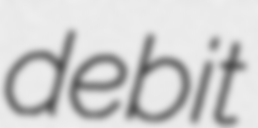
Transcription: debit